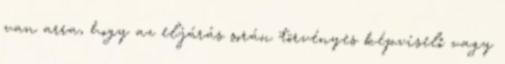
van arra, hogy az eljárás során törvényes képviselő vagy